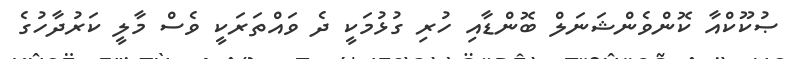
ޞުކޫކްއާ ކޮންވެންޝަނަލް ބޮންޑާއި ހުރި ގުޅުމަކީ ދެ ވައްތަރަކީ ވެސް މާލީ ކަރުދާހުގެ